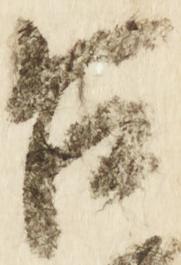
合